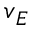
\boldsymbol { v } _ { E }